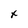
Character: x